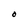
Character: O